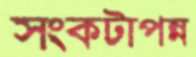
সংকটাপন্ন